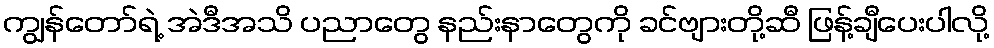
ကျွန်တော်ရဲ့ အဲဒီအသိ ပညာတွေ နည်းနာတွေကို ခင်ဗျားတို့ဆီ ဖြန့်ချီပေးပါလို့